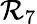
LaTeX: {\cal R}_{7}